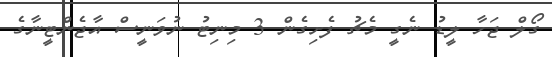
ގޯލް ޖަހާ ލީޑު ނެގީ މެޗު ފެށިގެން 3 މިނިޓު ނުވަނީސް އާޖެންޓީނާގެެ